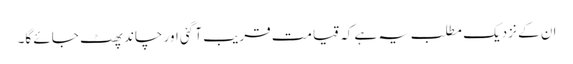
ان کے نزدیک مطلب یہ ہے کہ قیامت قریب آ گئی اور چاند پھٹ جائے گا۔